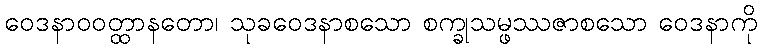
ဝေဒနာဝဝတ္ထာနတော၊ သုခဝေဒနာစသော စက္ခုသမ္ဖဿဇာစသော ဝေဒနာကို